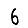
Digit: 6